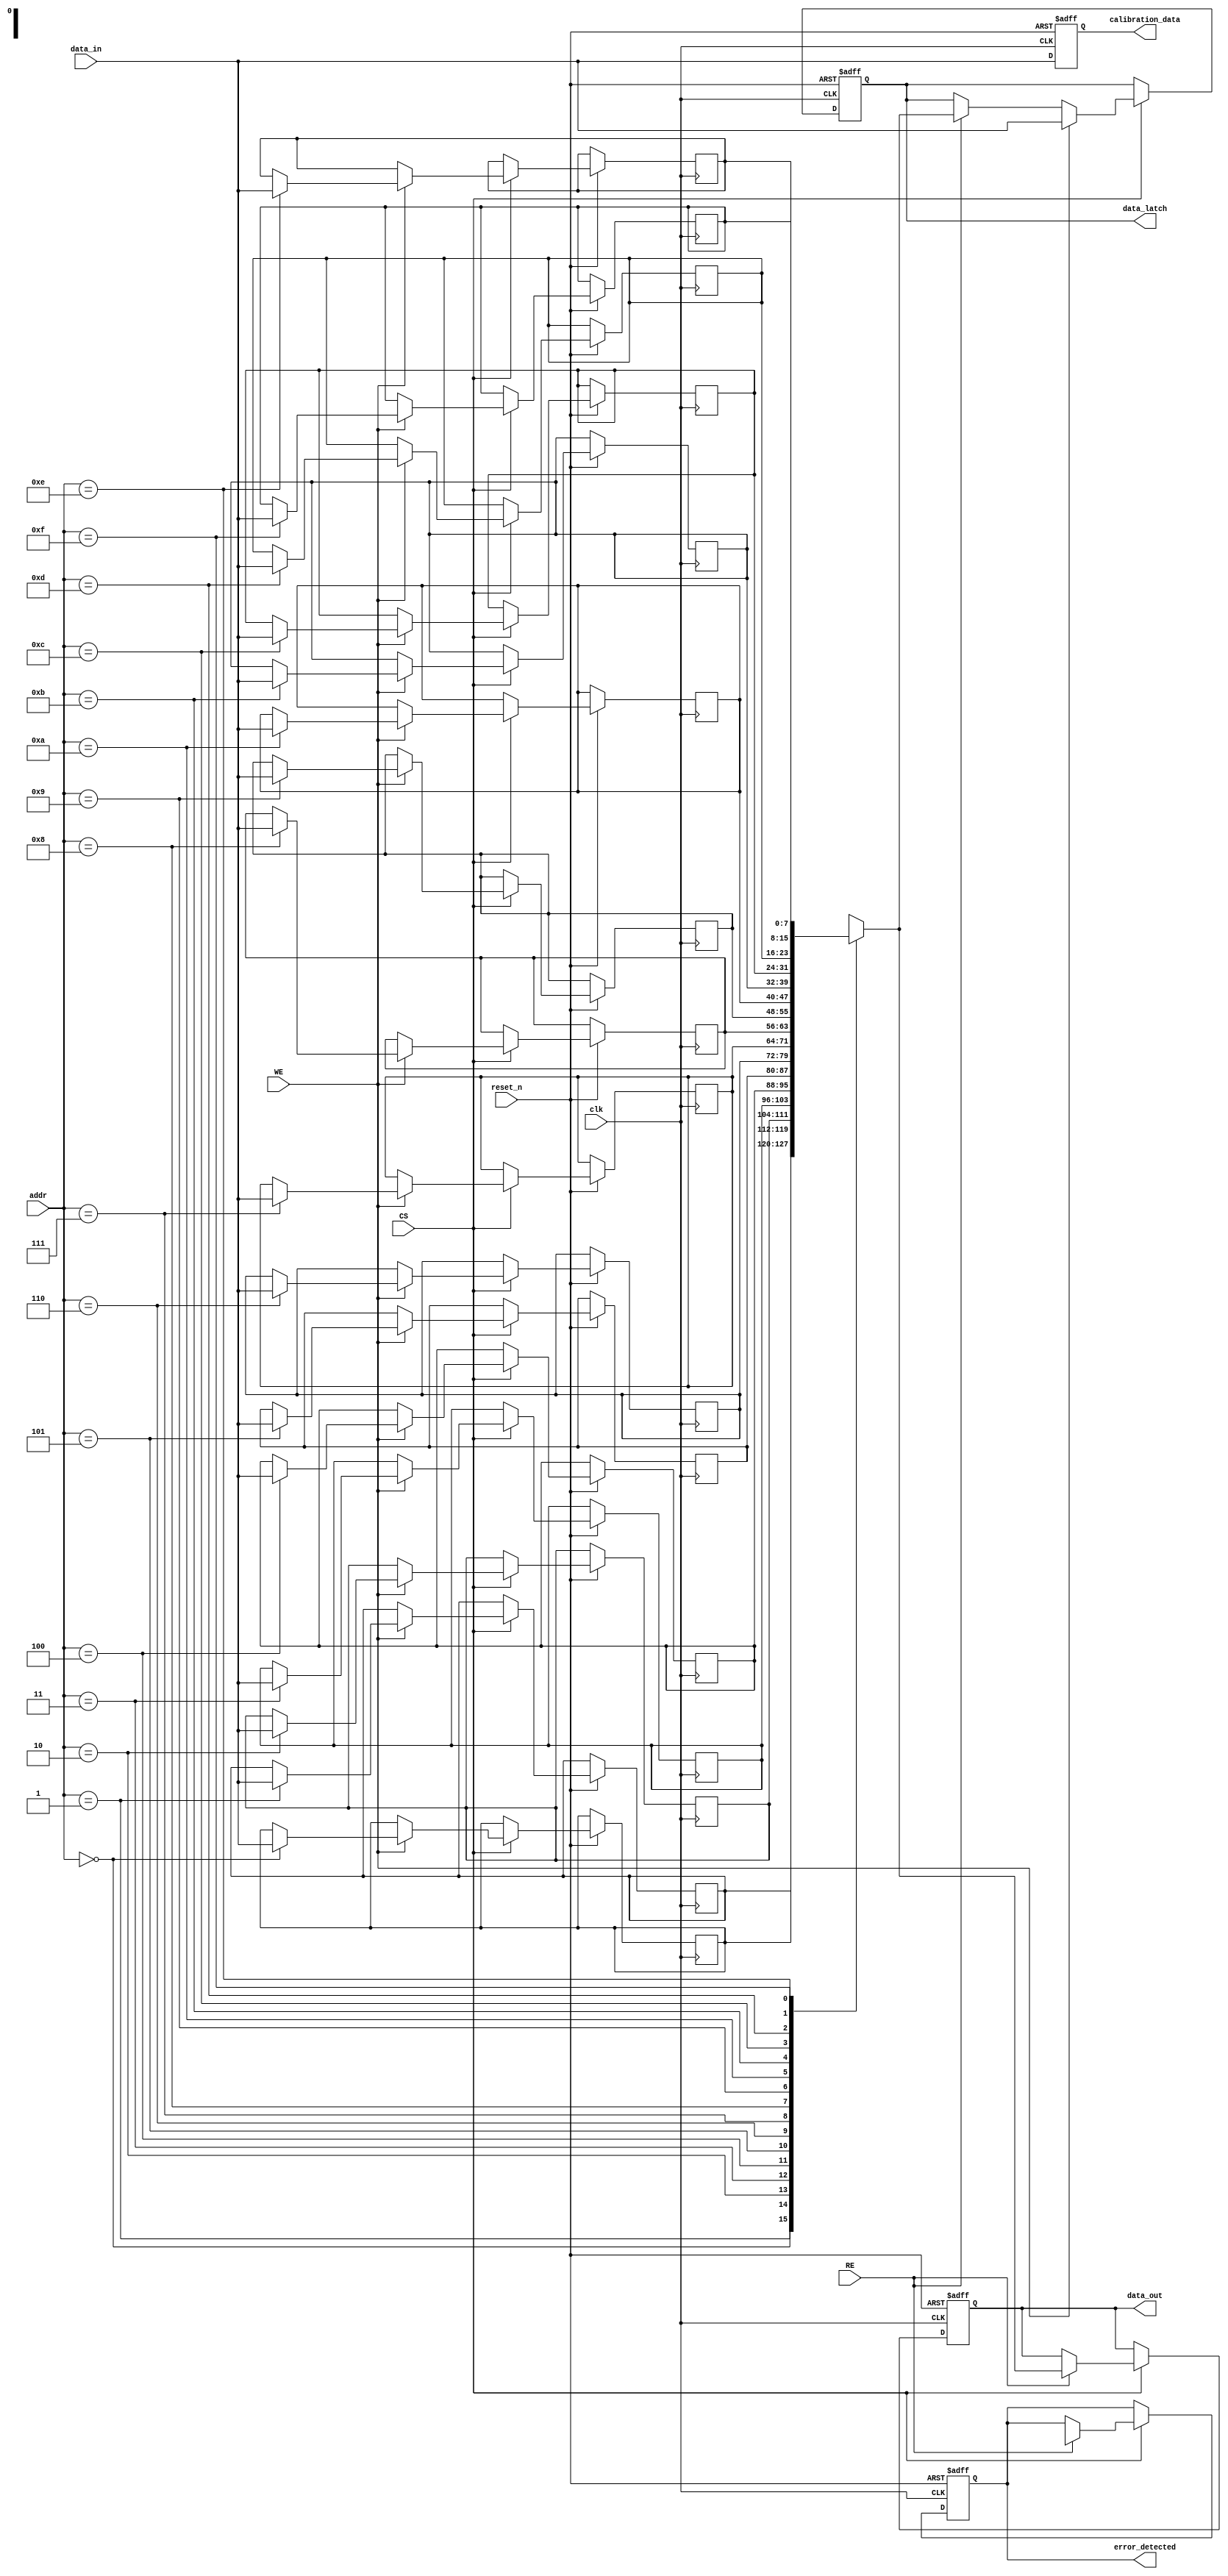
module mram_io_block (
    input wire clk,                  // Clock signal
    input wire reset_n,              // Active low reset
    input wire [DATA_WIDTH-1:0] data_in, // Data input
    output reg [DATA_WIDTH-1:0] data_out, // Data output
    input wire RE,                   // Read Enable
    input wire WE,                   // Write Enable
    input wire CS,                   // Chip Select
    input wire [ADDR_WIDTH-1:0] addr, // Address input
    output reg [DATA_WIDTH-1:0] data_latch, // Data latch
    output reg error_detected,       // Error detection flag
    output reg [DATA_WIDTH-1:0] calibration_data // Calibration data output
);

parameter DATA_WIDTH = 8;          // Define data width
parameter ADDR_WIDTH = 4;          // Define address width

// Internal signals
reg [DATA_WIDTH-1:0] memory [0:(1<<ADDR_WIDTH)-1]; // Memory array
reg [DATA_WIDTH-1:0] temp_data;    // Temporary data storage

// Error detection logic (simple parity check for example)
wire parity_bit = ^data_in; // Compute parity bit for error detection

// Power management (idle state detection)
reg idle_state;
always @(posedge clk or negedge reset_n) begin
    if (!reset_n) begin
        idle_state <= 1'b1; // Start in idle state
    end else if (CS && (RE || WE)) begin
        idle_state <= 1'b0; // Active state
    end else begin
        idle_state <= 1'b1; // Back to idle
    end
end

// Read and Write operations
always @(posedge clk or negedge reset_n) begin
    if (!reset_n) begin
        data_out <= 0;
        data_latch <= 0;
        error_detected <= 1'b0;
    end else if (CS) begin
        // Read operation
        if (RE) begin
            data_out <= memory[addr]; // Output data from memory
            data_latch <= memory[addr]; // Latch data during read
            error_detected <= (parity_bit != memory[addr][DATA_WIDTH]); // Error check
        end
        // Write operation
        if (WE) begin
            memory[addr] <= data_in; // Store data in memory
            data_latch <= data_in; // Latch input data
        end
    end
end

// Calibration feature (example)
always @(posedge clk or negedge reset_n) begin
    if (!reset_n) begin
        calibration_data <= 0; // Clear calibration data
    end else begin
        calibration_data <= data_in; // Example calibration data
    end
end

endmodule